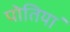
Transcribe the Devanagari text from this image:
पोतियाॅ